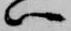
ハ